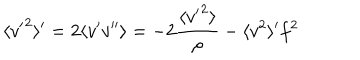
\langle { v ^ { \prime } } ^ { 2 } \rangle ^ { \prime } = 2 \langle v ^ { \prime } v ^ { \prime \prime } \rangle = - 2 \frac { \langle { v ^ { \prime } } ^ { 2 } \rangle } { \rho } - \langle v ^ { 2 } \rangle ^ { \prime } f ^ { 2 }